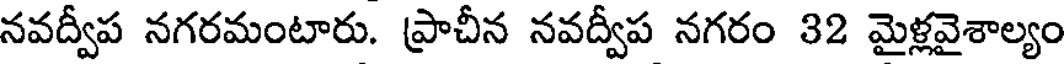
నవద్వీప నగరమంటారు. ప్రాచీన నవద్వీప నగరం 32 మైళ్లవైశాల్యం